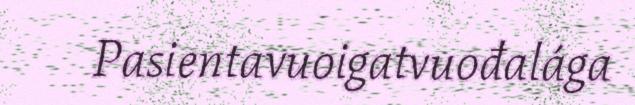
Pasientavuoigatvuođalága